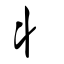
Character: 丬